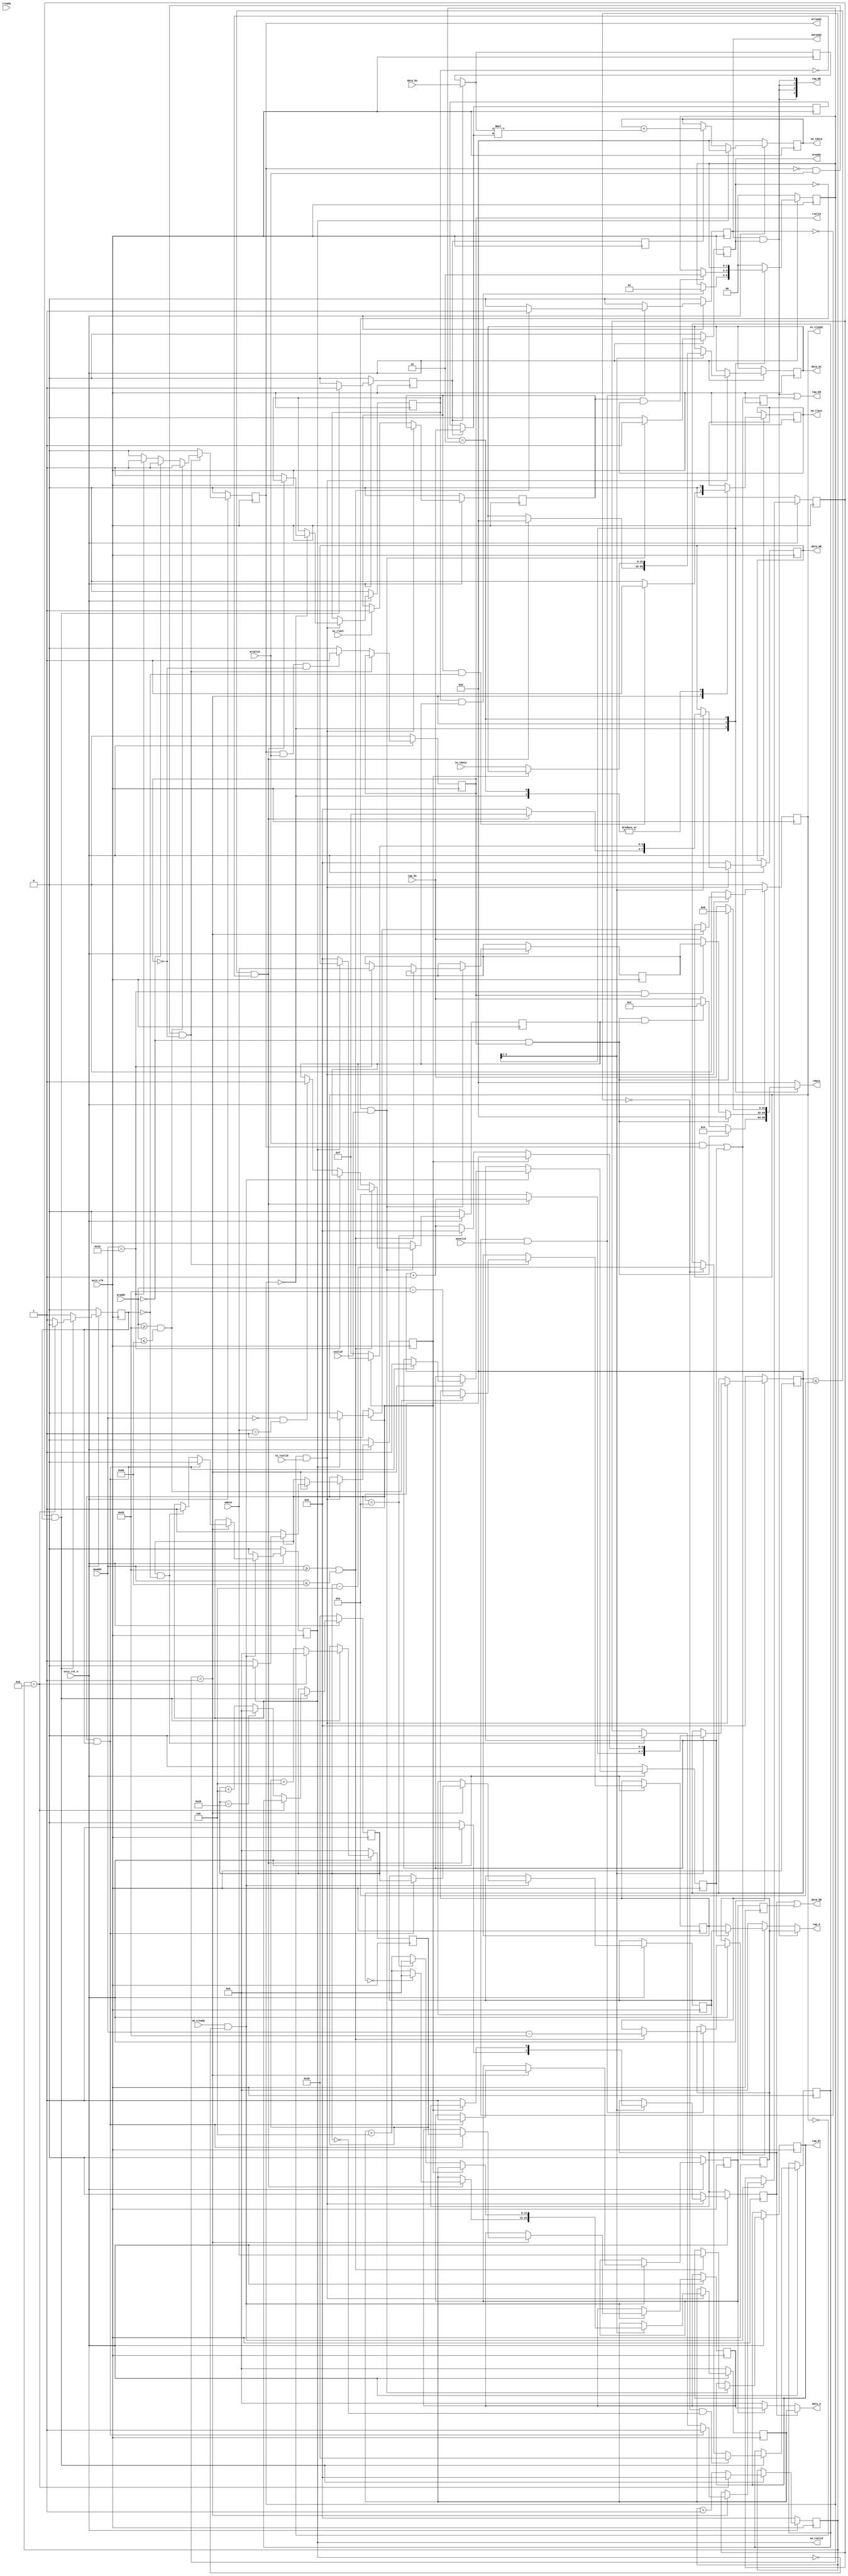
`timescale 1ns/1ns// Linux makefile timescale
module fir
       #(  parameter pADDR_WIDTH = 12,
           parameter pDATA_WIDTH = 32,
           parameter Tape_Num    = 11
        )
       (
           output  wire                     awready,
           output  wire                     wready,
           input   wire                     awvalid,
           input   wire [(pADDR_WIDTH-1):0] awaddr,
           input   wire                     wvalid,
           input   wire [(pDATA_WIDTH-1):0] wdata,
           output  wire                     arready,
           input   wire                     rready,
           input   wire                     arvalid,
           input   wire [(pADDR_WIDTH-1):0] araddr,
           output  wire                     rvalid,
           output  wire [(pDATA_WIDTH-1):0] rdata,
           input   wire                     ss_tvalid,
           input   wire [(pDATA_WIDTH-1):0] ss_tdata,
           input   wire                     ss_tlast,
           output  wire                     ss_tready,
           input   wire                     sm_tready,
           output  wire                     sm_tvalid,
           output  wire [(pDATA_WIDTH-1):0] sm_tdata,
           output  wire                     sm_tlast,

           // bram for tap RAM
           output  wire           [3:0]     tap_WE,
           output  wire                     tap_EN,
           output  wire [(pDATA_WIDTH-1):0] tap_Di,
           output  wire [(pADDR_WIDTH-1):0] tap_A,
           input   wire [(pDATA_WIDTH-1):0] tap_Do,

           // bram for data RAM
           output  wire            [3:0]    data_WE,
           output  wire                     data_EN,
           output  wire [(pDATA_WIDTH-1):0] data_Di,
           output  wire [(pADDR_WIDTH-1):0] data_A,
           input   wire [(pDATA_WIDTH-1):0] data_Do,

           input   wire                     axis_clk,
           input   wire                     axis_rst_n
       );
// write your code here!

//state
parameter ready = 0;
parameter start = 1;
parameter finish = 2;

reg [1:0] state;
wire stream_prepared;
reg ap_start_sig;
reg     sm_tlast_r;
reg     ss_finish_r;
wire    ss_finish;
reg ctrl_tap_ready_r, tap_EN_sr_r, tap_EN_r_d;
wire ctrl_tap_ready, ctrl_tap_valid, muxsel, ffen;
//state module
always @( posedge axis_clk ) begin
    if ( !axis_rst_n ) begin
        state <= ready;
    end
    else begin
        case(state)
            ready: begin
                if(stream_prepared  && ap_start_sig)
                    state <= start;

                sm_tlast_r <= 0;
            end

            start: begin
                if(ss_finish && sm_tlast)
                    state <= finish;

                if(ss_finish  && !ctrl_tap_valid)
                    sm_tlast_r <= 1;
                else
                    sm_tlast_r <= 0;

            end

            finish: begin
                sm_tlast_r <= 0;
                //state <= ready;
            end
            default:
                state <= ready;

        endcase
    end
end


//AXI4_Stream write



reg stream_prepared_r,ss_read_valid_r,ss_tready_r;
wire    ss_read_valid;

reg [pADDR_WIDTH-1:0] data_WA_r;
reg [pDATA_WIDTH-1:0] data_Di_r;
reg [3:0]             data_WE_r;
reg [3:0]              ss_count_r;

wire [pADDR_WIDTH-1:0] data_WA;
wire [3:0]             ss_count;


assign ss_tready = ss_tready_r;
assign data_WE = data_WE_r ;
assign data_WA = data_WA_r;
assign data_Di = data_Di_r;
assign ss_count = ss_count_r;
assign stream_prepared = stream_prepared_r;
assign ss_read_valid = ss_read_valid_r;
assign ss_finish = ss_finish_r;

//AXI4_Stream write
reg data_EN_sw_r,data_EN_sr_r ,data_EN_r_d;
wire    ss_write_valid;

always @( posedge axis_clk ) begin
    if ( !axis_rst_n ) begin
        ss_tready_r <= 0;
        ss_finish_r <= 0;

        data_WA_r <= 0;
        ss_count_r <= 0;
        stream_prepared_r <= 0;

        ss_read_valid_r <= 0;
    end
    else begin
        if (!ss_tready && ss_tvalid) begin
            case(state)
                ready: begin
                    if((ss_count <= Tape_Num - 1) && !stream_prepared) begin
                        data_WE_r <= 4'b1111;
                        data_EN_sw_r <= 1;

                        data_WA_r <= (ss_count == 0) ? 0:data_WA_r + 4;
                        ss_count_r <= ss_count_r + 1;
                        data_Di_r <= 0;

                    end
                    else begin
                        stream_prepared_r <= 1;
                        ss_count_r <= 4'd10;

                        data_EN_sw_r <= 0;
                        data_WE_r <= 0;
                    end

                end

                start: begin
                    if(ss_write_valid) begin
                        ss_tready_r <= 1;
                        data_WE_r <= 4'b1111;
                        data_EN_sw_r <= 1;

                        data_WA_r <= (ss_count == 4'd10) ? 0 :data_WA_r + 4;
                        ss_count_r <=(ss_count == 4'd10) ? 0 :ss_count_r + 1;
                        data_Di_r <= ss_tdata;

                        ss_read_valid_r <= 1;

                    end
                    else if (sm_tvalid)
                        ss_read_valid_r <= 0;
                    else begin
                        data_WE_r <= 0;
                        ss_tready_r <= 0;

                    end



                end
            endcase
        end
        else begin
            data_WE_r <= 4'b0;
            data_EN_sw_r <= 0;
            ss_tready_r <= 0;
            if(ss_tlast)
                ss_finish_r <= 1;


        end

    end

end

//AXI4_Stream read
reg sm_tvalid_r;
reg [pADDR_WIDTH-1:0] data_RA_r;
reg [pDATA_WIDTH-1:0]  sm_tdata_r;

wire [pADDR_WIDTH-1:0] data_RA;


assign data_RA = data_RA_r;
assign data_EN = data_EN_sw_r | data_EN_r_d;

always@(posedge axis_clk) begin
    data_EN_r_d <= data_EN_sr_r;
end


assign data_A =(data_EN_sw_r) ? data_WA :(data_EN_sr_r) ? data_RA : 0;
assign sm_tvalid = sm_tvalid_r;
assign sm_tdata = sm_tdata_r;
assign sm_tlast = sm_tlast_r;
assign ss_write_valid = ~ ss_read_valid;



//AXI4_Stream read




reg [pADDR_WIDTH-1:0] tap_RA_lr_r, tap_RA_sr_r;
wire [pADDR_WIDTH-1:0]  ctrl_tap_addr, ctrl_data_addr;
wire [3:0] ctrl_count;

//control module
wire en;
reg o_valid_r, ffen_r;
reg[3:0] count_r;
reg [pADDR_WIDTH-1:0]tap_last_addr_r;
reg [pADDR_WIDTH-1:0]o_data_addr_r, o_tap_addr_r;


assign ctrl_tap_valid = o_valid_r;
assign ctrl_data_addr = o_data_addr_r;
assign ctrl_tap_addr = o_tap_addr_r;
assign ctrl_count = count_r;
assign ffen = ffen_r;
assign muxsel = ~ffen ;
assign en = ctrl_tap_ready & ctrl_tap_valid;



always@(posedge axis_clk) begin
    if (!axis_rst_n) begin
        o_data_addr_r <= 0;
        o_tap_addr_r <= 12'd40;
        ffen_r <= 0;
        o_valid_r <= 0;
        count_r <= 0;
    end
    else if(en) begin
        o_valid_r       <= (ctrl_count == 4'd11) ? 0 : 1;

        o_data_addr_r   <= (ctrl_count == 4'd11)? 0:o_data_addr_r + 4;

        o_tap_addr_r    <= (ctrl_count == 4'd11) ? tap_last_addr_r :(ctrl_tap_addr == 12'd40) ? 0 : ctrl_tap_addr + 4;

        tap_last_addr_r <= (ctrl_count == 0 && ctrl_tap_addr == 0) ? 12'd40 :(ctrl_count == 0) ? ctrl_tap_addr - 4 : tap_last_addr_r;

        count_r <= (ctrl_count == 4'd11) ? 0 :ctrl_count + 1;

        ffen_r <= 1;
    end
    else begin
        o_valid_r <= 1;
        ffen_r <= 0;
    end
end

//AXI4_Stream read


always @( posedge axis_clk ) begin
    if ( !axis_rst_n ) begin
        sm_tvalid_r <= 0;

        ctrl_tap_ready_r <= 0;

        data_EN_sr_r <= 0;
        tap_EN_sr_r <= 0;
    end
    else begin
        if (sm_tready && !sm_tvalid) begin
            case(state)
                ready: begin
                end

                start: begin
                    if(ss_read_valid && ctrl_tap_valid) begin
                        sm_tvalid_r     <= 0;
                        data_EN_sr_r    <= 1;
                        tap_EN_sr_r     <= 1;
                        data_RA_r       <= ctrl_data_addr;
                        tap_RA_sr_r     <= ctrl_tap_addr;
                        ctrl_tap_ready_r<= 1;

                    end
                    else if (ss_read_valid && !ctrl_tap_valid) begin
                        sm_tvalid_r     <= 1;
                        ctrl_tap_ready_r<= 0 ;

                    end
                end
            endcase
        end
        else begin
            sm_tvalid_r <= 0;
        end
    end
end


//caculate fir


reg ffen_d;
wire [pDATA_WIDTH-1:0] o_ram_data, o_cof_data;

always@(posedge axis_clk) begin
    ffen_d <= ffen;

    if(!axis_rst_n)
        sm_tdata_r<=0;
    else if(sm_tvalid)
        sm_tdata_r<=0;
    else if(ffen_d)
        sm_tdata_r <= sm_tdata_r +(o_ram_data*o_cof_data);

end


reg [pDATA_WIDTH-1:0] old_ram_data_r, old_cof_data_r;
wire [pDATA_WIDTH-1:0] old_ram_data, old_cof_data;
wire [pDATA_WIDTH-1:0] new_ram_data, new_cof_data;

assign o_ram_data = muxsel ?  old_ram_data : new_ram_data;
assign o_cof_data = muxsel ?  old_cof_data : new_cof_data;
assign old_ram_data = old_ram_data_r;
assign old_cof_data = old_cof_data_r;

assign new_cof_data = tap_Do;
assign new_ram_data = data_Do;


always@(posedge axis_clk) begin
    if(ffen) begin
        old_ram_data_r <= new_ram_data;
        old_cof_data_r <= new_cof_data;
    end
end


assign ctrl_tap_ready = ctrl_tap_ready_r;






//AXI4_Lite write
reg awready_r, wready_r;
assign awready = awready_r;
assign wready = wready_r;

reg [pADDR_WIDTH-1:0] tap_WA_r;
reg [pDATA_WIDTH-1:0] tap_Di_r;
reg [pDATA_WIDTH-1:0] data_length;

wire [pADDR_WIDTH-1:0] tap_WA;

assign tap_WE = {4{awready & wready}};
assign tap_WA = tap_WA_r;
assign tap_Di = tap_Di_r;




//AXI4_Lite write
always @( posedge axis_clk ) begin
    if ( !axis_rst_n ) begin
        awready_r <= 0;
        wready_r <= 0;
        ap_start_sig <= 0;
    end
    else begin
        if (!awready && awvalid) begin
            if(awaddr>=12'h20 && awaddr<=12'h60) begin
                awready_r <= 1;
                tap_WA_r <= awaddr-12'h20;
            end

            else
                awready_r <= 0;
        end
        else begin
            awready_r <= 0;
        end

        if (!wready && wvalid) begin
            wready_r <= 1;
            if(awaddr>=12'h20 && awaddr<=12'h60) begin
                tap_Di_r <= wdata;
            end
            else if (awaddr==12'h10)
                data_length <= wdata;
            else if(awaddr==0 && wdata==1)
                ap_start_sig <= 1;

        end
        else begin
            wready_r <= 0;
            ap_start_sig <= 0;
        end

    end
end

//AXI4_Lite read
reg arready_r, rvalid_r;
reg [pDATA_WIDTH-1:0] rdata_r;

assign arready = arready_r;
assign rvalid = rvalid_r;
assign rdata = rdata_r ;

wire [pADDR_WIDTH-1:0] tap_RA;
assign tap_RA = (tap_EN_sr_r) ? tap_RA_sr_r : tap_RA_lr_r;
assign tap_EN = {awready & wready} | tap_EN_r_d ;

always @( posedge axis_clk ) begin
    tap_EN_r_d <= {arvalid & arready} | tap_EN_sr_r;
end

assign tap_A = ({awready & wready}) ? tap_WA :
       ({arvalid & arready} | tap_EN_sr_r) ? tap_RA : 0;


//AXI4_Lite read

always@(*) begin
    case(state)
        ready: begin
            if(araddr==0 && rvalid)
                rdata_r =32'h04;
            else if(araddr==0 && rvalid && ap_start_sig)
                rdata_r =32'h01;
            else
                rdata_r = tap_Do;
        end

        start: begin
            if(araddr==0 && rvalid)
                rdata_r =32'h00;
            else if(awaddr==12'h10 && rvalid)
                rdata_r = data_length;
            else
                rdata_r = tap_Do;
        end

        finish: begin
            if(araddr==0 && rvalid)
                rdata_r =32'h06;
            else
                rdata_r = tap_Do;
        end
        default:
            rdata_r = 0;
    endcase
end

//AXI4_Lite read
always @( posedge axis_clk ) begin
    if ( !axis_rst_n ) begin
        arready_r <= 0;
        rvalid_r <= 0;
    end
    else begin
        if(!arready && arvalid && !rvalid) begin
            if(araddr>=12'h20 && araddr<=12'h60) begin
                arready_r <= 1;
                tap_RA_lr_r <= araddr-12'h20;
            end
            else if(araddr==0) begin
                arready_r <= 1;
            end
            else if (awaddr==12'h10)
                arready_r <= 1;
            else
                arready_r <= 0;

        end
        else if(arready && arvalid && !rvalid) begin
            arready_r <= 0;
            rvalid_r <= 1;
        end
        else begin
            arready_r <= 0;
            rvalid_r <= 0;
        end
    end
end

endmodule